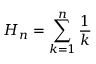
H _ { n } = \sum _ { k = 1 } ^ { n } { \frac { 1 } { k } }